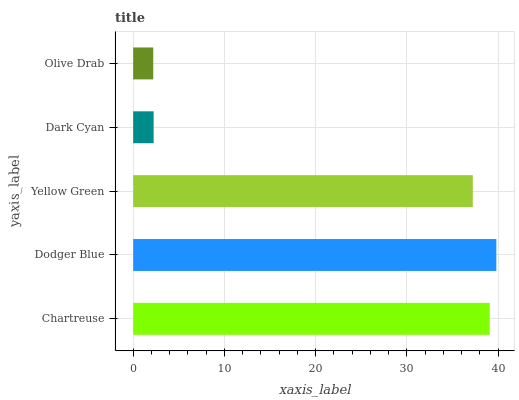
| yaxis_label | bars |
 | --- | --- |
 | Chartreuse | 39.1 |
 | Dodger Blue | 39.8 |
 | Yellow Green | 37.2 |
 | Dark Cyan | 2.24 |
 | Olive Drab | 2.2 |